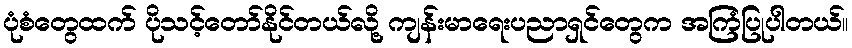
ပုံစံတွေထက် ပိုသင့်တော်နိုင်တယ်လို့ ကျန်းမာရေးပညာရှင်တွေက အကြံပြုပါတယ်။